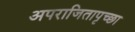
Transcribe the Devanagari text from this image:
अपराजितापृच्छा